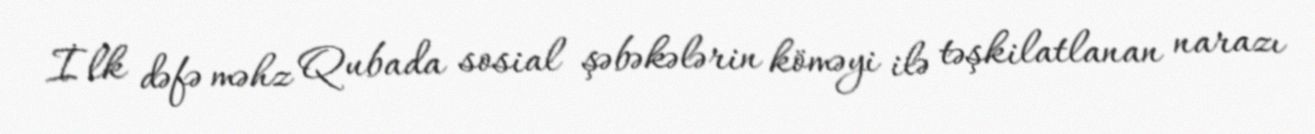
İlk dəfə məhz Qubada sosial şəbəkələrin köməyi ilə təşkilatlanan narazı